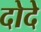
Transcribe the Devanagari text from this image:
दोदे